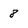
Character: 8